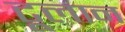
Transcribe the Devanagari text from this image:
टूलान